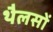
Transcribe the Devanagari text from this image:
थैलसों